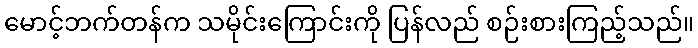
မောင့်ဘက်တန်က သမိုင်းကြောင်းကို ပြန်လည် စဉ်းစားကြည့်သည်။